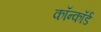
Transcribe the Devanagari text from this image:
कॉन्कॉर्ड